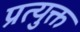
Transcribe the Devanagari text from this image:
प्रत्युक्त